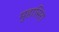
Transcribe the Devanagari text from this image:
मुहासिरा